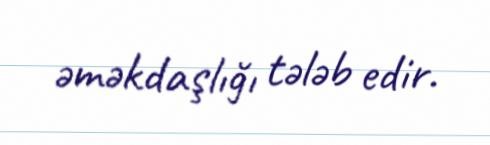
əməkdaşlığı tələb edir.